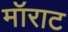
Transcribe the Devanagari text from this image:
मॉराट